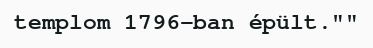
templom 1796-ban épült.""